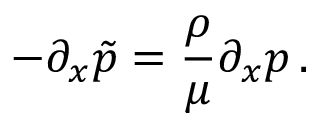
- \partial _ { x } \tilde { p } = { \frac { \rho } { \mu } } \partial _ { x } p \, .